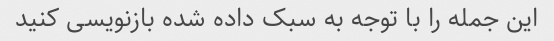
این جمله را با توجه به سبک داده شده بازنویسی کنید